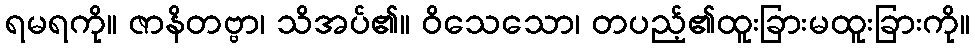
ရမရကို။ ဇာနိတဗ္ဗာ၊ သိအပ်၏။ ဝိသေသော၊ တပည့်၏ထူးခြားမထူးခြားကို။